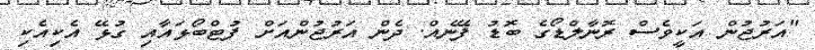
"އަރުޖުން އަކީވެސް ރޮނާލްޑޯގެ ބޮޑު ފޭނެއް. ދެން އަރުޖުންއަށް ފުޓްބޯޅައާއި ގުޅޭ އެކިއެކި